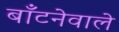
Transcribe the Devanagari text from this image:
बाँटनेवाले